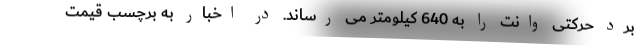
برد حرکتی وانت را به 640 کیلومتر می رساند. در اخبار به برچسب قیمت